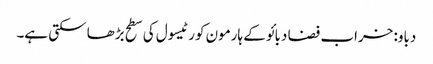
دباو: خراب فضا دبائو کے ہارمون کورٹیسول کی سطح بڑھا سکتی ہے۔